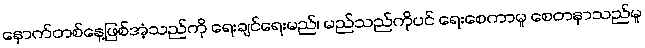
နောက်တစ်နေ့ဖြစ်အံ့သည်ကို ရေးချင်ရေးမည်၊ မည်သည်ကိုပင် ရေးစေကာမူ စေတနာသည်မူ